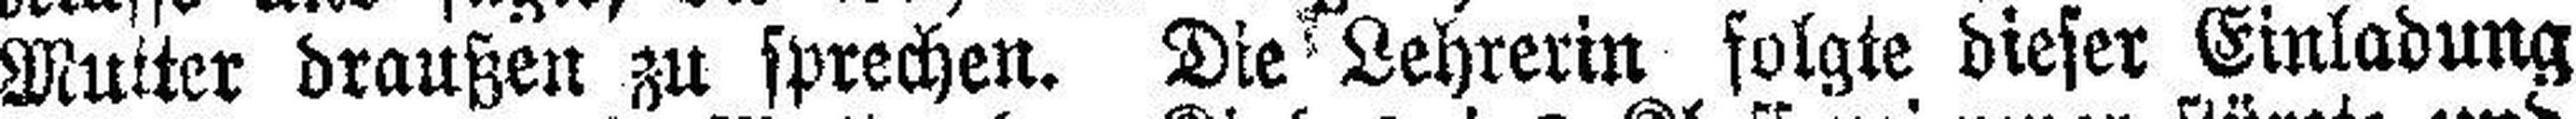
Mutter draußen zu sprechen. Die Lehrerin folgte dieser Einladung